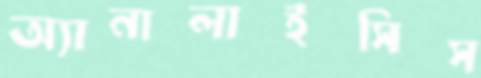
অ্যানালাইসিস